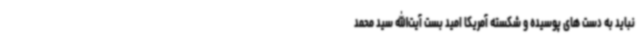
نباید به دست های پوسیده و شکسته آمریکا امید بست آیت‌الله سید محمد